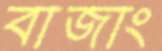
বাজাং